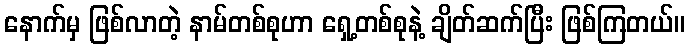
နောက်မှ ဖြစ်လာတဲ့ နာမ်တစ်စုဟာ ရှေ့တစ်စုနဲ့ ချိတ်ဆက်ပြီး ဖြစ်ကြတယ်။